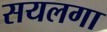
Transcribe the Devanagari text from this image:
सयलगा